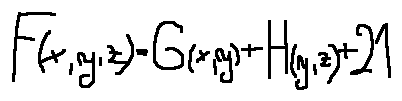
F ( x , y , z ) = G ( x , y ) + H ( y , z ) + 2 1